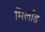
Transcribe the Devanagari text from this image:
मिर्लाड